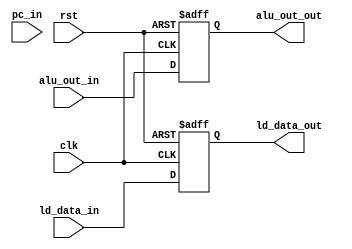
module Reg_W (clk,rst,pc_in,ld_data_in,alu_out_in,ld_data_out,alu_out_out);
    input clk,rst;
    input [31:0] alu_out_in,ld_data_in;
	input [15:0] pc_in;
    output reg [31:0] alu_out_out,ld_data_out;
    reg [15:0] pc_out;

    always @(posedge clk or posedge rst) 
    begin
        if (rst) 
        begin
            pc_out <=16'b0;
            alu_out_out <= 32'b0;   
            ld_data_out <= 32'b0;
        end
        else
        begin
            pc_out <= pc_in;
            alu_out_out <= alu_out_in;   
            ld_data_out <= ld_data_in;
        end    
    end

    
endmodule